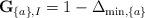
LaTeX: \begin{align*}{\bf G}_{ \{ a \},I } = 1 - \Delta_{\min, \{a \} }\end{align*}